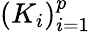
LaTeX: (K_{i})_{i=1}^{p}